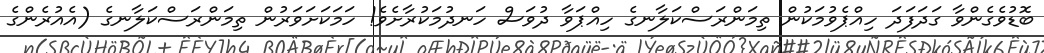
ބޮޑުވެގެންވާ ގަދަފަދަ ހިއްޕެވުމަކުން ތިމަންރަސްކަލާނގެ ހިއްޕަވާ ދުވަސް ހަނދުމަކުރާށެވެ! ހަމަކަށަވަރުން ތިމަންރަސްކަލާނގެ (އެއުރެންގެ